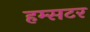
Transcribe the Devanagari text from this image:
हम्सटर